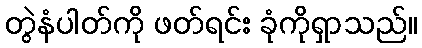
တွဲနံပါတ်ကို ဖတ်ရင်း ခုံကိုရှာသည်။